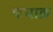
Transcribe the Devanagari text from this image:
कघाक़